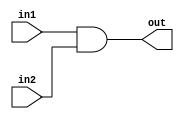
module bit32AND (out,in1,in2);
 input [31:0] in1,in2;
 output [31:0] out;
 assign out=in1 &in2;
endmodule
module tb32bitand;
 reg [31:0] IN1,IN2;
 wire [31:0] OUT;
 bit32AND a1 (OUT,IN1,IN2);
 initial
 $monitor($time," IN1=%b, IN2=%b, RESULT=%b",IN1, IN2,OUT);
 initial
 begin
 IN1=32'hA5A5;
 IN2=32'h5A5A;
 #100 IN1=32'h5A5A;
 #400 $finish;
 end
endmodule